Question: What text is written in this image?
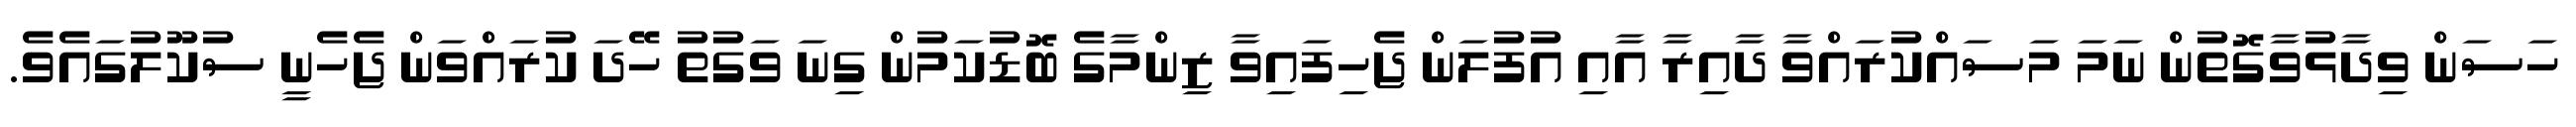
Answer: ހަސަން ވިދާޅުވާގޮތުން ނަމަ މަސައްކުރައްވާ ދާއިރާ އާއި އުފުލަން ޖެހިފައިވާ ޒިންމާގެ ބޮޑުކަމުން ގިނަ ވަގުތު ހޭދަ ކުރައްވަން ޖެހެނީ ސުކޫލުގައެވެ.